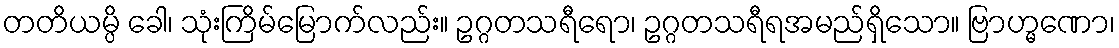
တတိယမ္ပိ ခေါ၊ သုံးကြိမ်မြောက်လည်း။ ဥဂ္ဂတသရီရော၊ ဥဂ္ဂတသရီရအမည်ရှိသော။ ဗြာဟ္မဏော၊